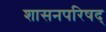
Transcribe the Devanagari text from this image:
शासनपरिषद्